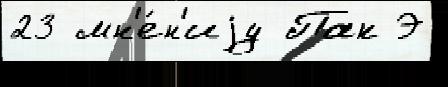
23 мн'е́н'иjу Пак Э